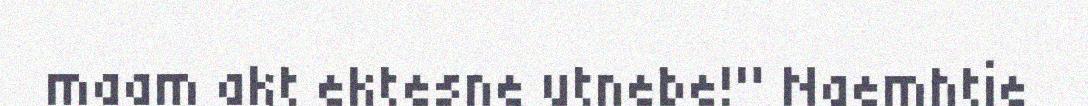
maam akt ektesne utnebe!" Naemhtie